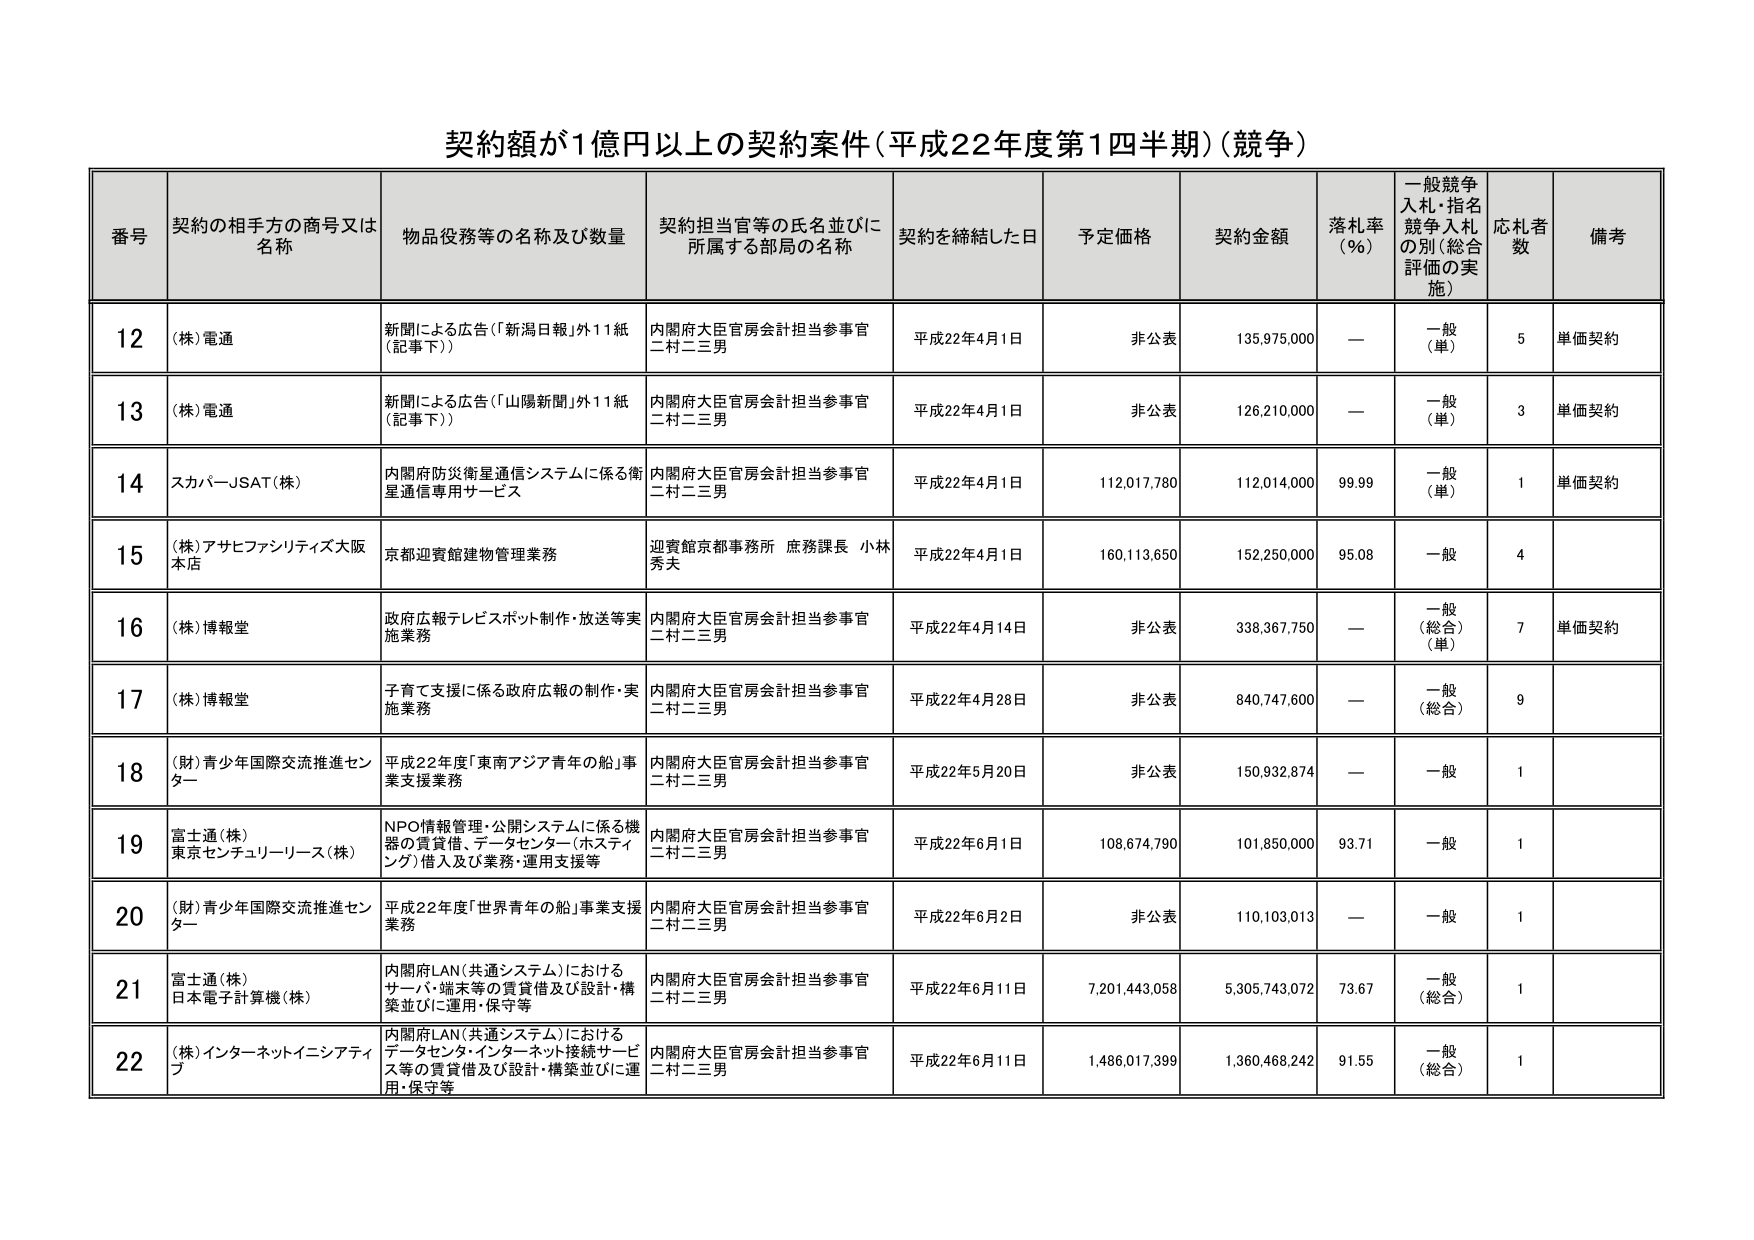
契約額が1億円以上の契約案件（平成22年度第1四半期）（競争）

番号　契約の相手方の商号又は名称　物品役務等の名称及び数量　契約担当官等の氏名並びに所属する部局の名称　契約を締結した日　予定価格　契約金額　落札率（％）　一般競争入札・指名競争入札の別（総合評価の実施）　応札者数　備考

12　（株）電通　新聞による広告（「新潟日報」外11紙（記事下））　内閣府大臣官房会計担当参事官 二村二三男　平成22年4月1日　非公表　135,975,000　—　一般（単）　5　単価契約

13　（株）電通　新聞による広告（「山陽新聞」外11紙（記事下））　内閣府大臣官房会計担当参事官 二村二三男　平成22年4月1日　非公表　126,210,000　—　一般（単）　3　単価契約

14　スカパーJSAT（株）　内閣府防災衛星通信システムに係る衛星通信専用サービス　内閣府大臣官房会計担当参事官 二村二三男　平成22年4月1日　112,017,780　112,014,000　99.99　一般（単）　1　単価契約

15　（株）アサヒファシリティズ大阪本店　京都迎賓館建物管理業務　迎賓館京都事務所 庶務課長 小林秀夫　平成22年4月1日　160,113,650　152,250,000　95.08　一般　4

16　（株）博報堂　政府広報テレビスポット制作・放送等実施業務　内閣府大臣官房会計担当参事官 二村二三男　平成22年4月14日　非公表　338,367,750　—　一般（総合）（単）　7　単価契約

17　（株）博報堂　子育て支援に係る政府広報の制作・実施業務　内閣府大臣官房会計担当参事官 二村二三男　平成22年4月28日　非公表　840,747,600　—　一般（総合）　9

18　（財）青少年国際交流推進センター　平成22年度「東南アジア青年の船」事業支援業務　内閣府大臣官房会計担当参事官 二村二三男　平成22年5月20日　非公表　150,932,874　—　一般　1

19　富士通（株） 東京センチュリーリース（株）　NPO情報管理・公開システムに係る機器の賃貸借、データセンター（ホスティング）借入及び業務・運用支援等　内閣府大臣官房会計担当参事官 二村二三男　平成22年6月1日　108,674,790　101,850,000　93.71　一般　1

20　（財）青少年国際交流推進センター　平成22年度「世界青年の船」事業支援業務　内閣府大臣官房会計担当参事官 二村二三男　平成22年6月2日　非公表　110,103,013　—　一般　1

21　富士通（株） 日本電子計算機（株）　内閣府LAN（共通システム）におけるサーバ・端末等の賃貸借及び設計・構築並びに運用・保守等　内閣府大臣官房会計担当参事官 二村二三男　平成22年6月11日　7,201,443,058　5,305,743,072　73.67　一般（総合）　1

22　（株）インターネットイニシアティブ　内閣府LAN（共通システム）におけるデータセンター・インターネット接続サービス等の賃貸借及び設計・構築並びに運用・保守等　内閣府大臣官房会計担当参事官 二村二三男　平成22年6月11日　1,486,017,399　1,360,468,242　91.55　一般（総合）　1